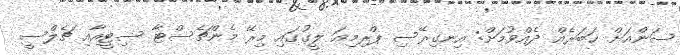
ސަންއަށް ޚަބަރެއް ދެއްވުމަށް: އިނގިރޭސި ޕްރިމިއަ ލީގުގައި މިރޭ މެންޗެސްޓާ ސިޓީއާއި ޗެލްސީ